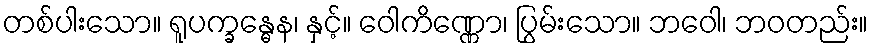
တစ်ပါးသော။ ရူပက္ခန္ဓေန၊ နှင့်။ ဝေါကိဏ္ဏော၊ ပြွမ်းသော။ ဘဝေါ၊ ဘဝတည်း။